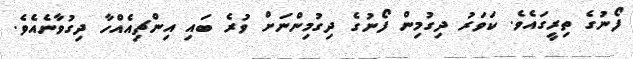
ފޯނުގެ ތިރީގައެވެ. ކަވަރު ދިގުމިން ފޯނުގެ ދިގުމިންނަށް ވުރެ ބައި އިންޗިއެއްހާ ދިގުވާނެއެވެ.